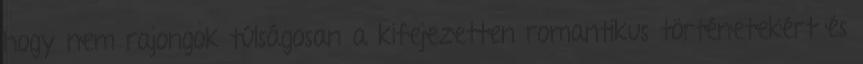
hogy nem rajongok túlságosan a kifejezetten romantikus történetekért és